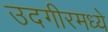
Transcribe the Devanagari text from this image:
उदगीरमध्ये